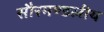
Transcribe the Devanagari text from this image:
सौरमण्डलीय